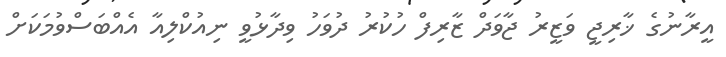
އީރާނުގެ ޚާރިޖީ ވަޒީރު ޖާވަދް ޒާރިފް ހުކުރު ދުވަހު ވިދާޅުވީ ނިއުކްލިއާ އެއްބަސްވުމަކަށް